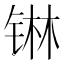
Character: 𮸑